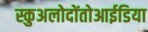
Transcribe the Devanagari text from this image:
स्कुअलोदोंतोआईडिया